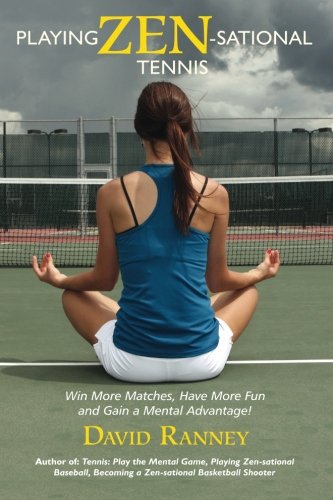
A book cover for Playing Zen-Sational Tennis; David Ranney; Sports & Outdoors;